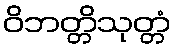
ဝိဘတ္တိသုတ္တံ